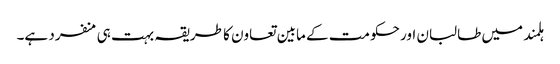
ہلمند میں طالبان اور حکومت کے مابین تعاون کا طریقہ بہت ہی منفرد ہے۔